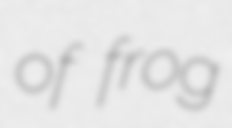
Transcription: of frog